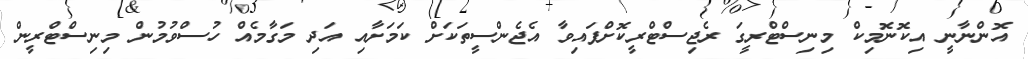
އޮންނާނީ އިކޮނޮމިކް މިނިސްޓްރީގަ ރެޖިސްޓްރީކޮށްފައިވާ އެޖެންސީތަކަށް ކަމަށާއި އަދި މަގާމެއް ހުސްވުމުން މިނިސްޓްރީން